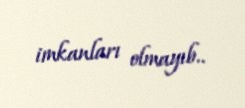
imkanları olmayıb..